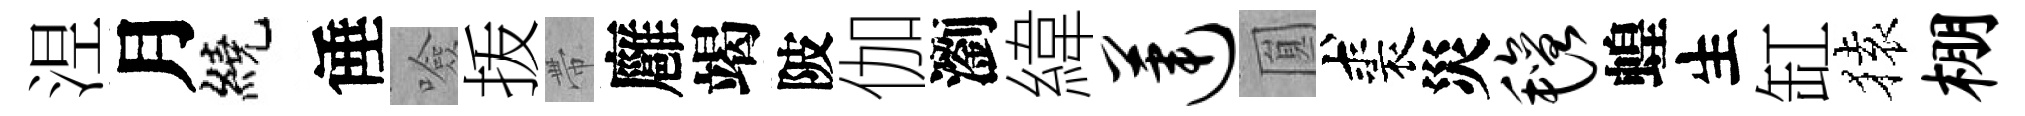
𣵀月繞倕噞㧞帶廱竭陂伽瀏緯莲圎裘災毡蝗生缸𫞤棚